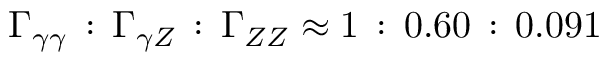
\Gamma _ { \gamma \gamma } \, : \, \Gamma _ { \gamma Z } \, : \, \Gamma _ { Z Z } \approx 1 \, : \, 0 . 6 0 \, : \, 0 . 0 9 1